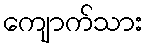
ကျောက်သား